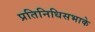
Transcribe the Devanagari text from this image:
प्रतिनिधिसभाके